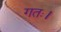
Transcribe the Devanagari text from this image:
गतः।